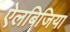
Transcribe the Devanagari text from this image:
ऐलबिजिया